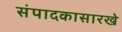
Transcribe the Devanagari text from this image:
संपादकासारखे